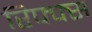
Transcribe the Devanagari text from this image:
रिफ्फ्स